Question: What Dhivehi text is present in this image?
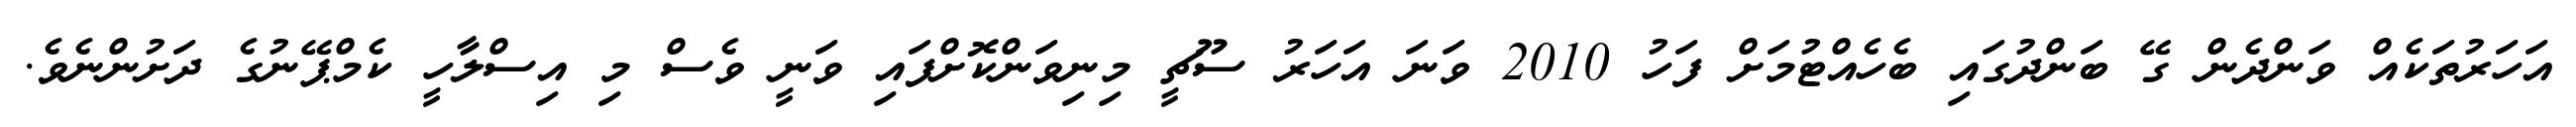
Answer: އަހަރުތަކެއް ވަންދެން ގޭ ބަންދުގައި ބެހެއްޓުމަށް ފަހު 2010 ވަނަ އަހަރު ސޫޗީ މިނިވަންކޮށްފައި ވަނީ ވެސް މި އިސްލާހީ ކެމްޕޭނުގެ ދަށުންނެވެ.